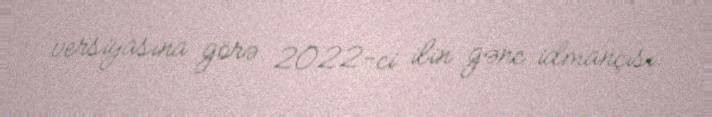
versiyasına görə 2022-ci ilin gənc idmançısı.